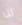
لذا